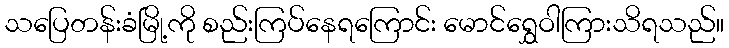
သပြေတန်းခံမြို့ကို စည်းကြပ်နေရကြောင်း မောင်ရွှေဝါကြားသိရသည်။